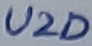
Text: U2D